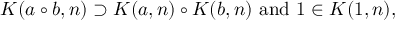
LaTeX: K ( a \circ b , n ) \supset K ( a , n ) \circ K ( b , n ) { \mathrm { ~ a n d ~ } } 1 \in K ( 1 , n ) ,